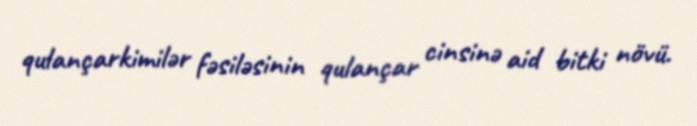
qulançarkimilər fəsiləsinin qulançar cinsinə aid bitki növü.